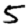
Digit: 5